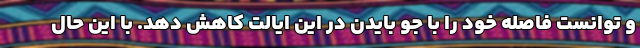
و توانست فاصله خود را با جو بایدن در این ایالت کاهش دهد. با این حال